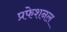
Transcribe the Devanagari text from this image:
प्रफेशनल